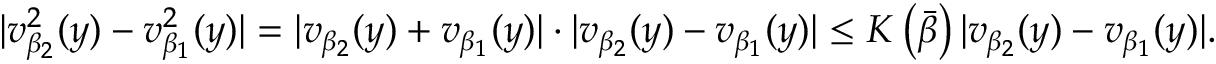
\begin{array} { r } { \vert v _ { \beta _ { 2 } } ^ { 2 } ( y ) - v _ { \beta _ { 1 } } ^ { 2 } ( y ) \vert = \vert v _ { \beta _ { 2 } } ( y ) + v _ { \beta _ { 1 } } ( y ) \vert \cdot \vert v _ { \beta _ { 2 } } ( y ) - v _ { \beta _ { 1 } } ( y ) \vert \le K \left( \bar { \beta } \right) \vert v _ { \beta _ { 2 } } ( y ) - v _ { \beta _ { 1 } } ( y ) \vert . } \end{array}